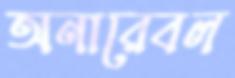
অনারেবল